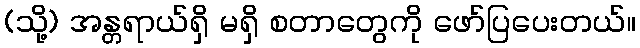
(သို့) အန္တရာယ်ရှိ မရှိ စတာတွေကို ဖော်ပြပေးတယ်။